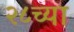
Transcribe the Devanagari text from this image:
२८च्या